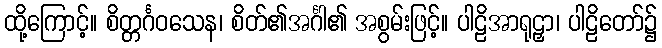
ထို့ကြောင့်။ စိတ္တင်္ဂဝသေန၊ စိတ်၏အင်္ဂါ၏ အစွမ်းဖြင့်။ ပါဠိအာရုဠှာ၊ ပါဠိတော်၌